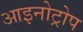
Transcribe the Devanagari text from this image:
आइनोट्रोप